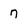
Character: 7